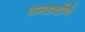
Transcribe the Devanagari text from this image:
समदृष्टीने